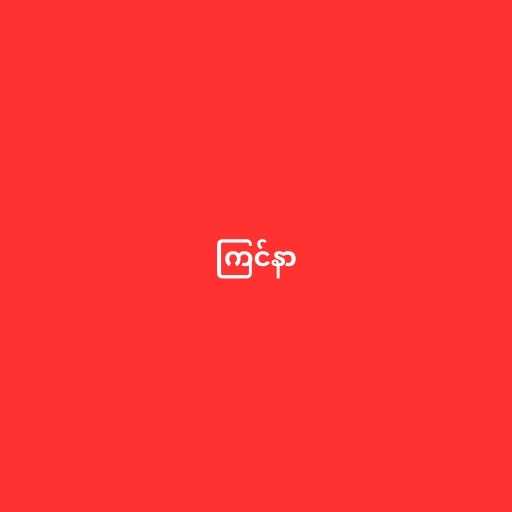
ကြင်နာ